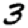
Digit: 3